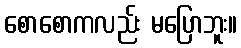
စောစောကလည်း မပြောဘူး။